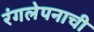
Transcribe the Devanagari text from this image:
रंगलेपनाची